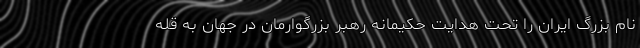
نام بزرگ ایران را تحت هدایت حکیمانه رهبر بزرگوارمان در جهان به قله